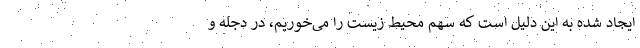
ایجاد شده به این دلیل است که سهم محیط زیست را می‌خوریم، در دجله و